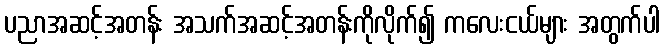
ပညာအဆင့်အတန်း အသက်အဆင့်အတန်းကိုလိုက်၍ ကလေးငယ်များ အတွက်ပါ